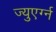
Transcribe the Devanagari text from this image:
ज्युएर्ग्न